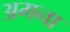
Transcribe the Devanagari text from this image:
अमना